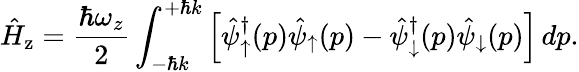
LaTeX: \hat{H}_{\mathrm{z}}=\frac{\hbar\omega_{z}}{2}\int_{-\hbar k}^{+\hbar k}\left[\hat{\psi}_{\uparrow}^{\dagger}(p)\hat{\psi}_{\uparrow}(p)-\hat{\psi}_{\downarrow}^{\dagger}(p)\hat{\psi}_{\downarrow}(p)\right]\, dp.